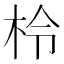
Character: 柃